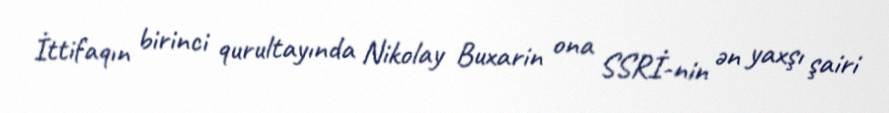
İttifaqın birinci qurultayında Nikolay Buxarin ona SSRİ-nin ən yaxşı şairi